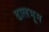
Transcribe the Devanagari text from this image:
ढालभूम